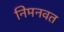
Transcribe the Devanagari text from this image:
निमनवत